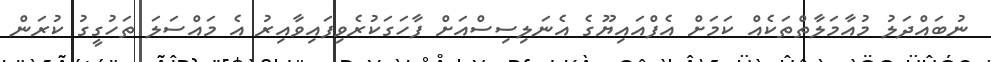
ނުބައްދަލު މުއާމަލާތްތަކެއް ކަމަށް އެފްއައިޔޫގެ އެނަލިސިސްއަށް ފާހަގަކުރެވިފައިވާއިރު އެ މައްސަލަ ތަހުގީގު ކުރަން